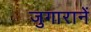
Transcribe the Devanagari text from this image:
जुगारानें